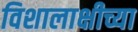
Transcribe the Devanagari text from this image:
विशालाक्षीच्या